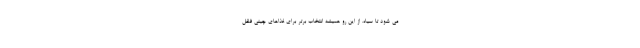
می شود تا سیاه. از این رو همیشه انتخاب برتر برای غذاهای چینی فلفل